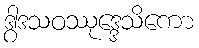
ဒွါဒသဝဿုဒ္ဒေသိကော